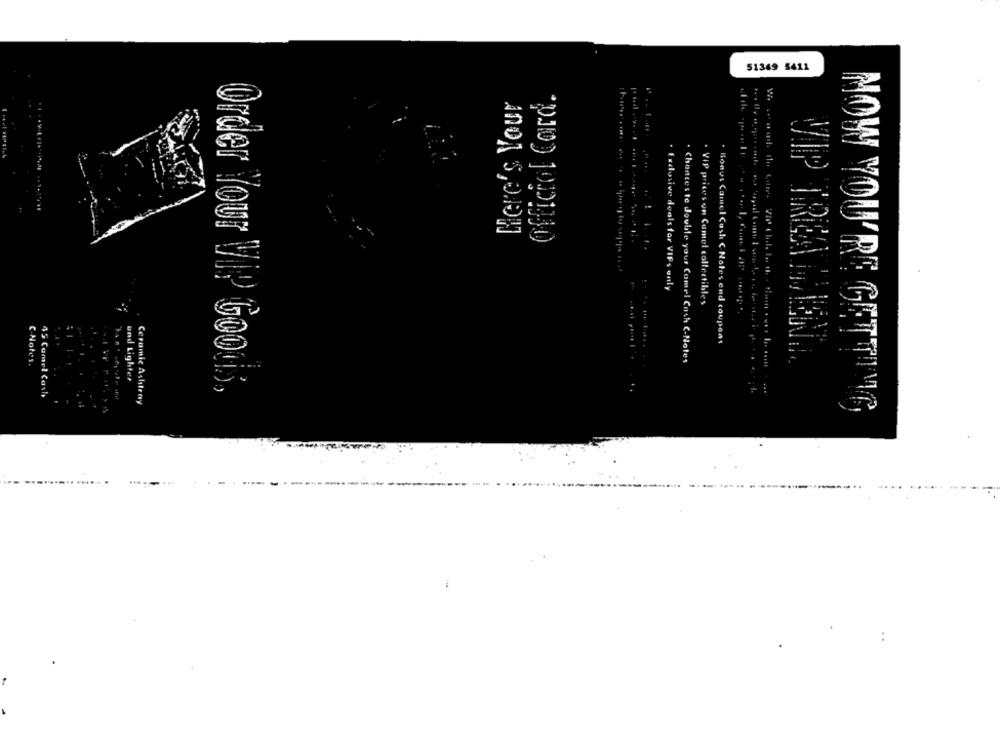
51349 5411
Here's Your
. b.I.
. Exclusive deals for VIPs only
. VIP prices on Camel collectibles
. Bonus Camel Cash C Notes end coupons
. . ....
C Notes.
. Chances te double your Camel Cash C-Notes
and Lighter
Order Your ViP Goods,
15 Camel Cash
Ceramic Ashtray
MOW YOU'RE GETTING